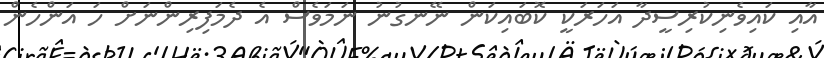
އާއި ކައިވެނިކުރިސީދާ އަހަރަކީ ކޮބައިކަން ނޭނގުނު ނަމަވެސް އެ ދެމަފިރިންނަށް ހަ އަންހެން